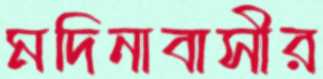
মদিনাবাসীর